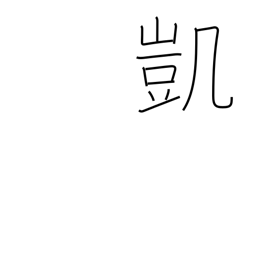
Meaning: victory song